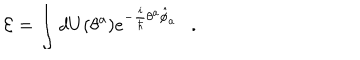
{ \cal E } = \int d U ( \theta ^ { a } ) e ^ { - \frac { i } { \hbar } \theta ^ { a } \hat { \phi } _ { a } } \ \ \ .